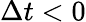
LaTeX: \Delta t<0